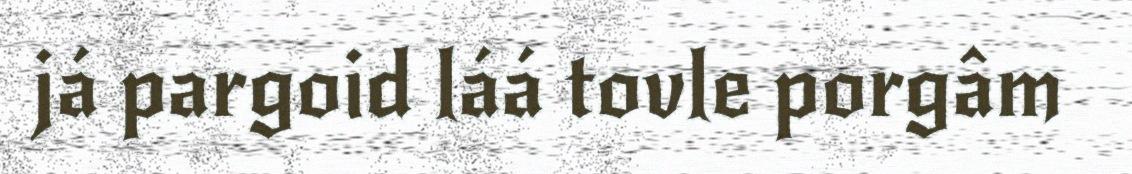
já pargoid láá tovle porgâm